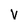
Character: v